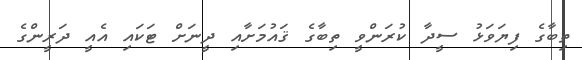
ތިބާގެ ފިޔަވަޅު ސީދާ ކުރަންވީ ތިބާގެ ޤައުމަށާއި ދީނަށް ޓަކައި އެއީ ދަރީންގެ